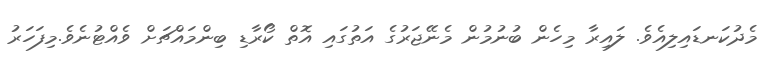
މެދުކަނޑައިލިއެވެ. ލައިރާ މިހެން ބުނުމުން މެނޭޖަރުގެ އަތުގައި އޮތް ކޯރާޑި ބިންމައްޗަށް ވެއްޓުނެވެ.މިފަހަރު